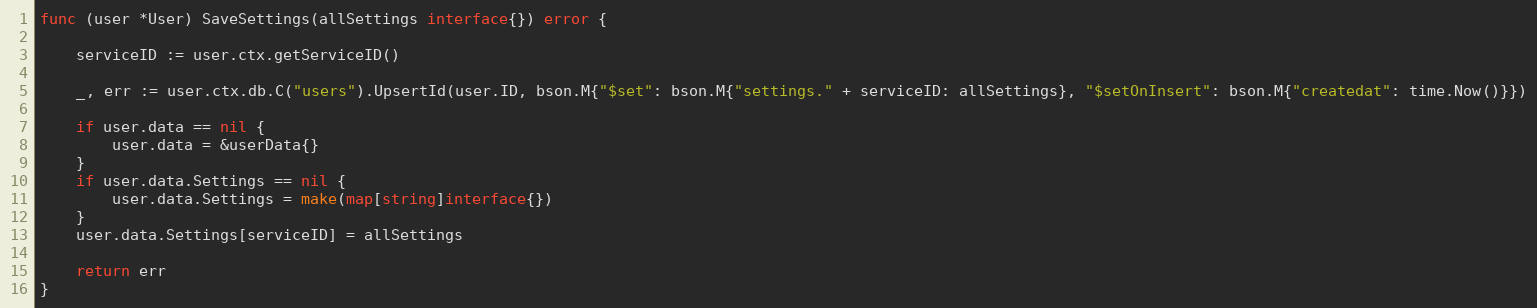
Language: Go
func (user *User) SaveSettings(allSettings interface{}) error {

	serviceID := user.ctx.getServiceID()

	_, err := user.ctx.db.C("users").UpsertId(user.ID, bson.M{"$set": bson.M{"settings." + serviceID: allSettings}, "$setOnInsert": bson.M{"createdat": time.Now()}})

	if user.data == nil {
		user.data = &userData{}
	}
	if user.data.Settings == nil {
		user.data.Settings = make(map[string]interface{})
	}
	user.data.Settings[serviceID] = allSettings

	return err
}